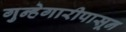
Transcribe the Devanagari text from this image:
गुन्हेगारीपासून